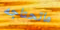
ماتحتاجه